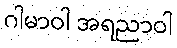
ဂါမာဝါ အရညာဝါ